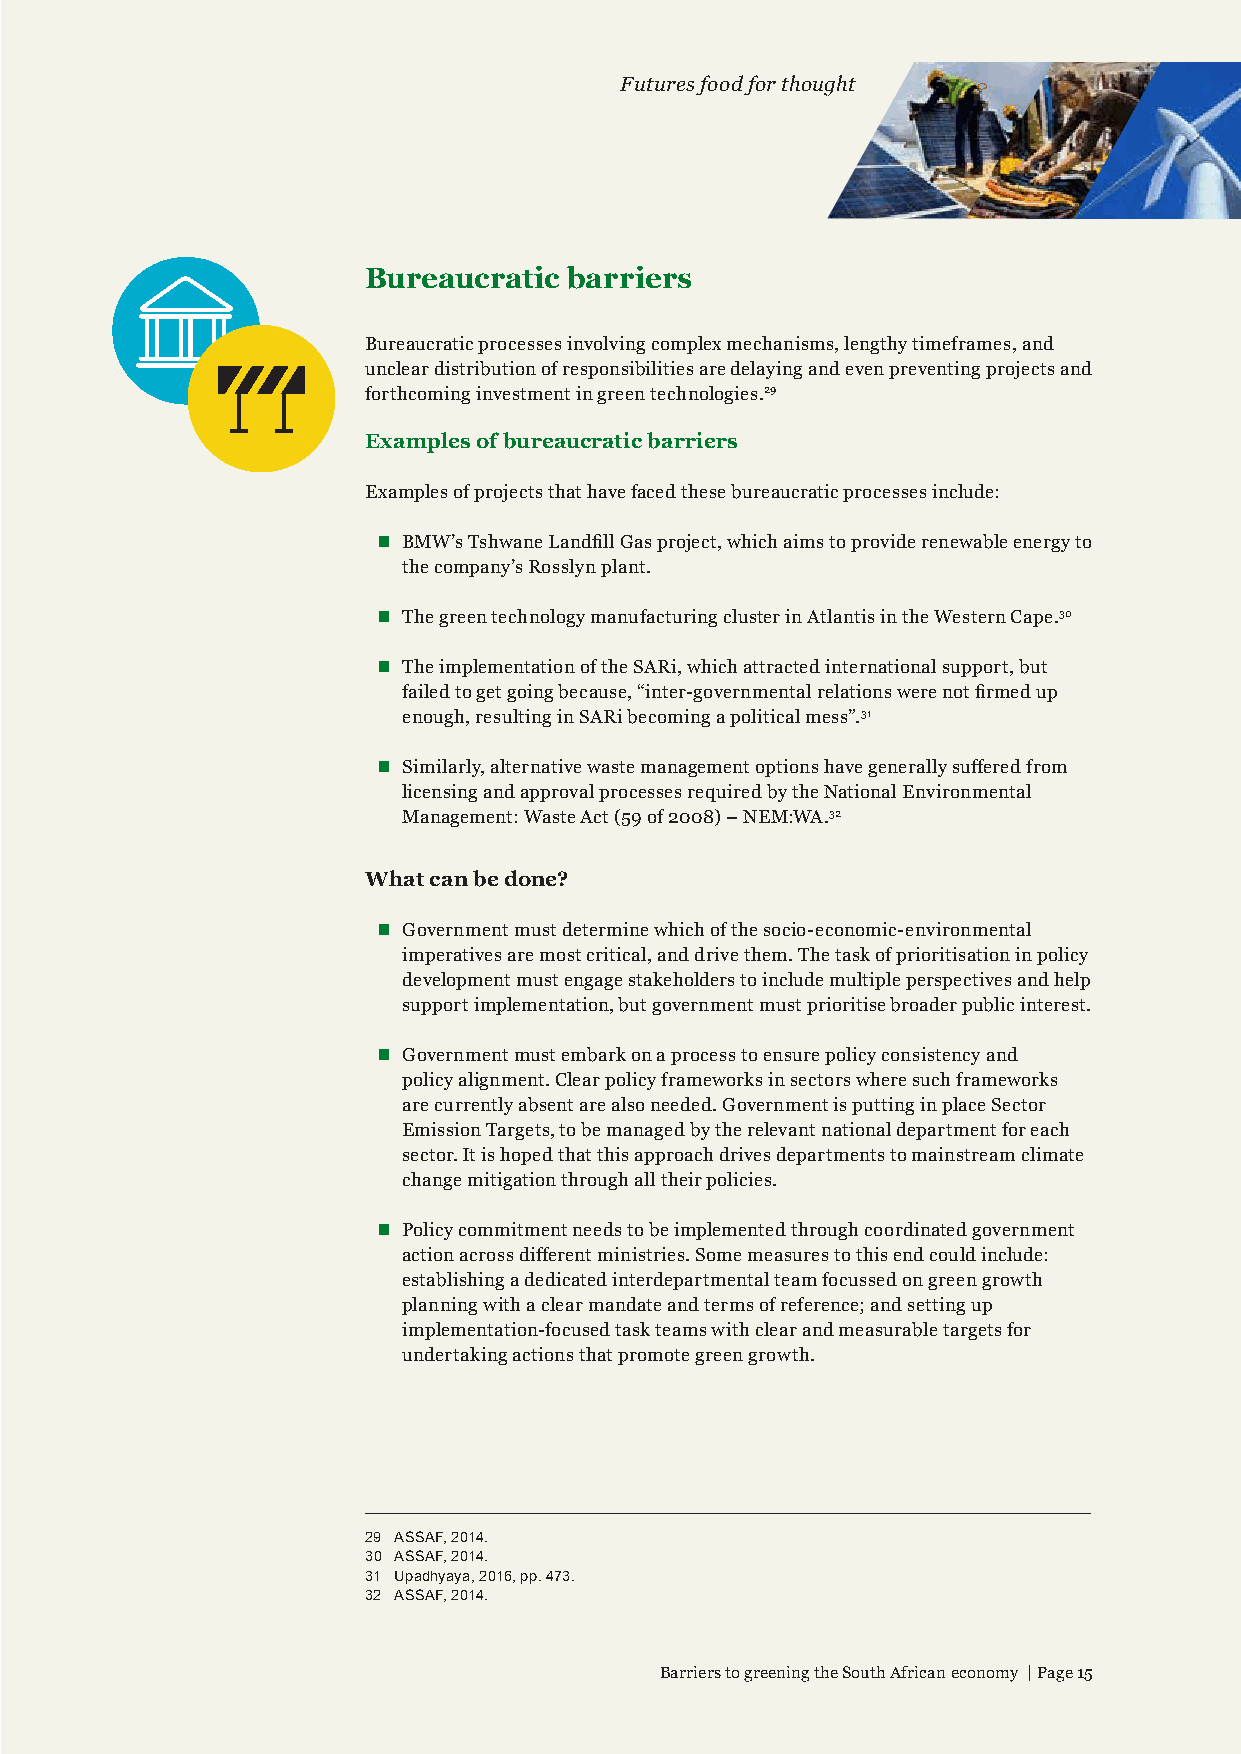
Futures food for thought
 Bureaucratic  barriers
 Bureaucratic processes involving complex mechanisms, lengthy timeframes, and
 unclear distribution of responsibilities are delaying and even preventing projects and
 forthcoming investment in green technologies.29
 Examples of bureaucratic barriers
 Examples of projects that have faced these bureaucratic processes include:
  BMW’s Tshwane Landfill Gas project, which aims to provide renewable energy to
 the company’s Rosslyn plant.
  The green technology manufacturing cluster in Atlantis in the Western Cape.30
  The implementation of the SARi, which attracted international support, but
 failed to get going because, “inter-governmental relations were not firmed up
 enough, resulting in SARi becoming a political mess”.31
  Similarly, alternative waste management options have generally suffered from
 licensing and approval processes required by the National Environmental
 Management: Waste Act (59 of 2008) – NEM:WA.32
 What can be done?
  Government must determine which of the socio-economic-environmental
 imperatives are most critical, and drive them. The task of prioritisation in policy
 development must engage stakeholders to include multiple perspectives and help
 support implementation, but government must prioritise broader public interest.
  Government must embark on a process to ensure policy consistency and
 policy alignment. Clear policy frameworks in sectors where such frameworks
 are currently absent are also needed. Government is putting in place Sector
 Emission Targets, to be managed by the relevant national department for each
 sector. It is hoped that this approach drives departments to mainstream climate
 change mitigation through all their policies.
  Policy commitment needs to be implemented through coordinated government
 action across different ministries. Some measures to this end could include:
 establishing a dedicated interdepartmental team focussed on green growth
 planning with a clear mandate and terms of reference; and setting up
 implementation-focused task teams with clear and measurable targets for
 undertaking actions that promote green growth.
 29 ASSAF, 2014.
 30 ASSAF, 2014.
 31 Upadhyaya, 2016, pp. 473.
 32 ASSAF, 2014.
 Barriers to greening the South African economy | Page 15